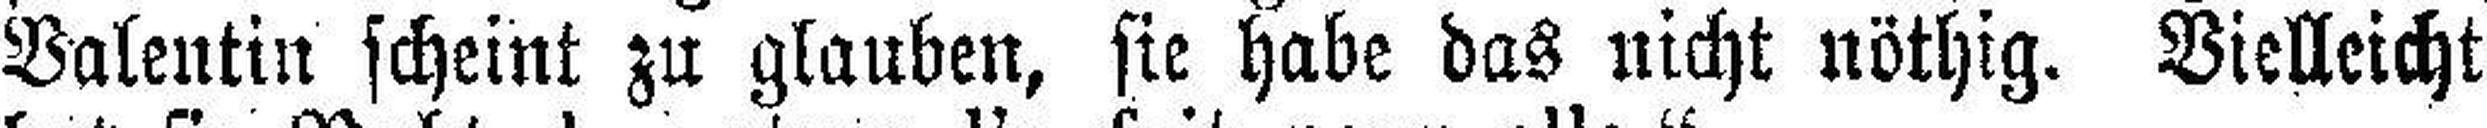
Valentin scheint zu glauben, sie habe das nicht nöthig. Vielleicht